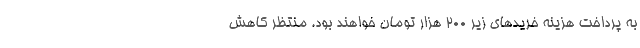
به پرداخت هزینه خریدهای زیر ۲۰۰ هزار تومان خواهند بود. منتظر کاهش